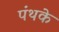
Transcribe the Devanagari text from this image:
पंथके